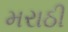
મરાઠી